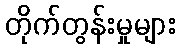
တိုက်တွန်းမှုများ